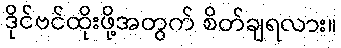
ဒိုင်ဗင်ထိုးဖို့အတွက် စိတ်ချရလား။